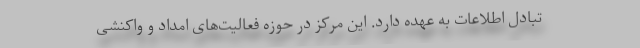
تبادل اطلاعات به عهده دارد. این مرکز در حوزه فعالیت‌های امداد و واکنشی